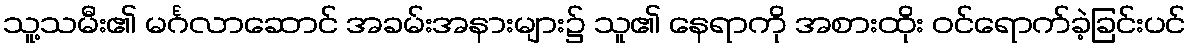
သူ့သမီး၏ မင်္ဂလာဆောင် အခမ်းအနားများ၌ သူ၏ နေရာကို အစားထိုး ဝင်ရောက်ခဲ့ခြင်းပင်